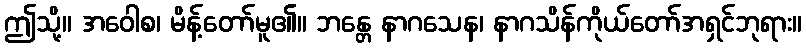
ဤသို့။ အဝေါစ၊ မိန့်တော်မူ၏။ ဘန္တေ နာဂသေန၊ နာဂသိန်ကိုယ်တော်အရှင်ဘုရား။